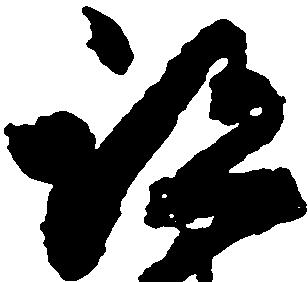
跡